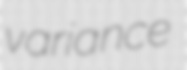
variance